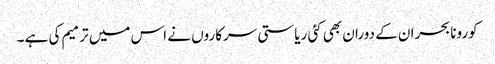
کورونا بحران کے دوران بھی کئی ریاستی سرکاروں نے اس میں ترمیم کی ہے ۔